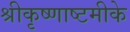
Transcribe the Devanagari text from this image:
श्रीकृष्णाष्टमीके